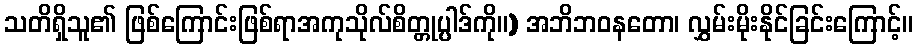
သတိရှိသူ၏ ဖြစ်ကြောင်းဖြစ်ရာအကုသိုလ်စိတ္တုပ္ပါဒ်ကို။) အဘိဘဝနတော၊ လွှမ်းမိုးနိုင်ခြင်းကြောင့်။